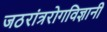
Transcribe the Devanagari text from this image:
जठरांत्ररोगविज्ञानी